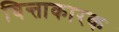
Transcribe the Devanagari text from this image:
चिन्ताकारक